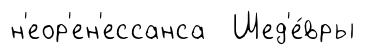
н'еор'ен'ессанса Шед'е́вры